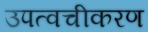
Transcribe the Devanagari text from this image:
उपत्वचीकरण